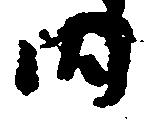
内